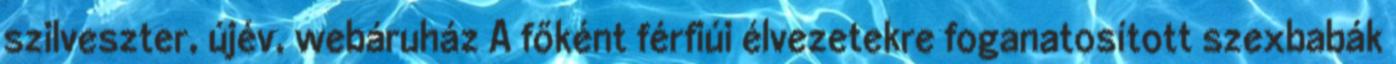
szilveszter, újév, webáruház A főként férfiúi élvezetekre foganatosított szexbabák